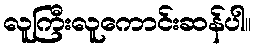
လူကြီးလူကောင်းဆန်ပါ။